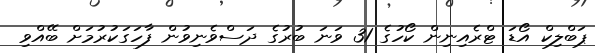
ޕަބްލިކް އޯޑަ ޓްރެއިނިން ކޯހުގެ 31 ވަނަ ބުރުގެ ދަސްވެނިވުން ފާހަގަކުރުމަށް ބޭއްވި